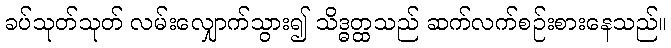
ခပ်သုတ်သုတ် လမ်းလျှောက်သွား၍ သိဒ္ဓတ္ထသည် ဆက်လက်စဉ်းစားနေသည်။